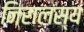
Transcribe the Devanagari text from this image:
निरालस्य